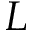
L